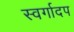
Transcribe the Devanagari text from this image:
स्वर्गादप